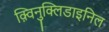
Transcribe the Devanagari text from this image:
क़्विनुक्लिडाइनिल